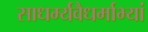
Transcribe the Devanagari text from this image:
साधर्म्यवैधर्माभ्यां